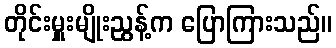
တိုင်းမှူးမျိုးညွန့်က ပြောကြားသည်။